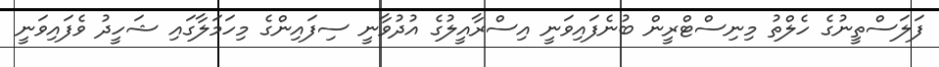
ފަލަސްތީނުގެ ހެލްތު މިނިސްޓްރީން ބުނެފައިވަނީ އިސްރާއީލުގެ އުދުވާނީ ސިފައިންގެ މިހަމަލާގައި ޝަހީދު ވެފައިވަނީ